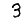
Digit: 3